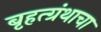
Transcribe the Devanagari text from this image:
बृहत्ग्रंथाचा